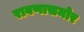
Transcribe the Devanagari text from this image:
रावणासमोर